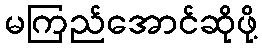
မကြည်အောင်ဆိုဖို့